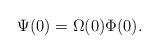
LaTeX: \begin{align*}\Psi(0)=\Omega(0)\Phi(0).\end{align*}